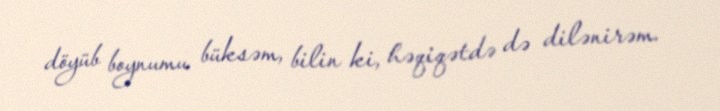
döyüb boynumu büksəm, bilin ki, həqiqətdə də dilənirəm.